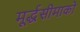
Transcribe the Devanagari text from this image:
मूर्द्धसीमाको